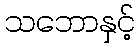
သဘောနှင့်